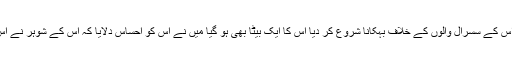
میں نے اپنی بیٹی کو دن رات اس کے سسرال والوں کے خلاف بہکانا شروع کر دیا اس کا ایک بیٹا بھی ہو گیا میں نے اس کو احساس دلایا کہ اس کے شوہر نے اس کو گھر میں قید کر ڈالا ہے ۔